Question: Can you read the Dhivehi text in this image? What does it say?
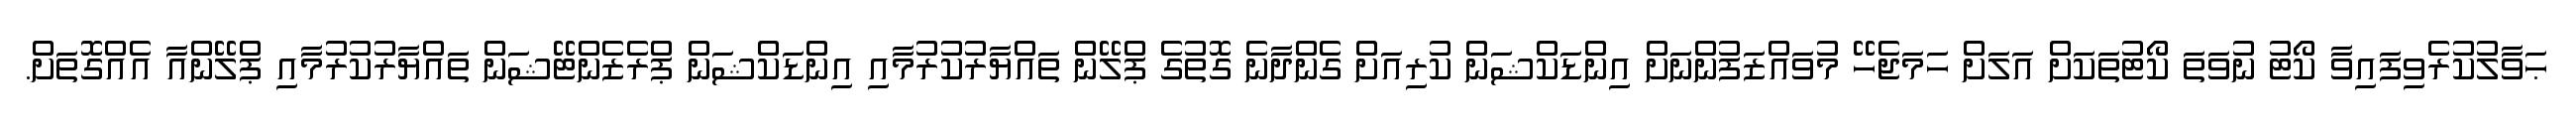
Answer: ޙަވާލުކުރެވިފައިވާ ކޯޓު ނުވަތަ ކޯޓުތަކަށް އަލަށް ހަމަޖެހޭ މުވައްޒަފުންނަށް އިންޑަކްޝަން ކުރިއަށް ގެންދާނެ ގޮތުގެ ޕްލޭން ތައްޔާރުކުރުމާއި އިންޑަކްޝަން ޕްރެޒެންޓޭޝަން ތައްޔާރުކުރުމާއި ޕްލޭންއާ އެއްގޮތަށް.